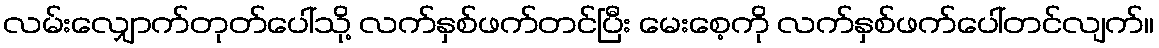
လမ်းလျှောက်တုတ်ပေါ်သို့ လက်နှစ်ဖက်တင်ပြီး မေးစေ့ကို လက်နှစ်ဖက်ပေါ်တင်လျက်။